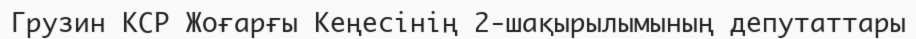
Грузин КСР Жоғарғы Кеңесінің 2-шақырылымының депутаттары